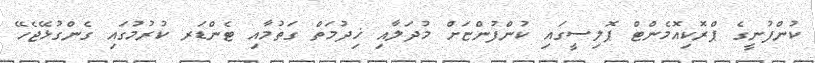
ކުންފުނީގެ ޕްރޮކިއޮމެންޓް ޕޮލިސީގައި ކުންފުންޏަށް މުދަލާއި ޚިދުމަތް ގަތުމާއި ޓެންޑަރ ކުރުމުގައި ގެންގުޅޭޖެހޭ